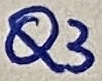
Text: Q3